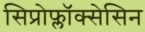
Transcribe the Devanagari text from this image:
सिप्रोफ्लॉक्सेसिन